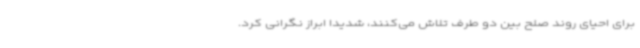
برای احیای روند صلح بین دو طرف تلاش می‌کنند، شدیدا ابراز نگرانی کرد.